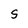
Character: S